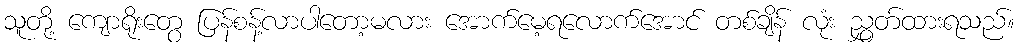
သူတို့ ကျောရိုးတွေ ပြန်စန့်လာပါတော့မလား အောက်မေ့ရလောက်အောင် တစ်ချိန် လုံး ညွှတ်ထားရသည်။